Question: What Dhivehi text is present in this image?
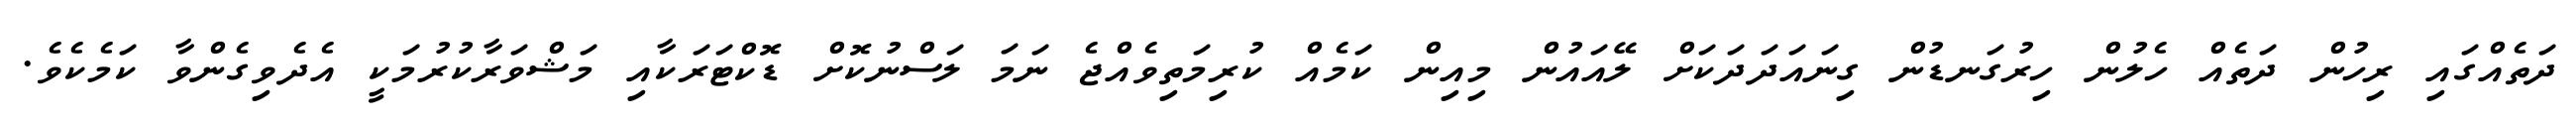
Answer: ދަތެއްގައި ރިހުން ދަތެއް ހެލުން ހިރުގަނޑުން ގިނައަދަދަކަށް ލޭއައުން މިއިން ކަމެއް ކުރިމަތިވެއްޖެ ނަމަ ލަސްނުކޮށް ޑޮކްޓަރަކާއި މަޝްވަރާކުރުމަކީ އެދެވިގެންވާ ކަމެކެވެ.